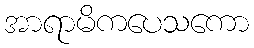
အာရာမိကပေသကော